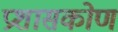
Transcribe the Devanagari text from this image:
प्रशासकोण